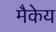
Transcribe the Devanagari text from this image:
मैकेय